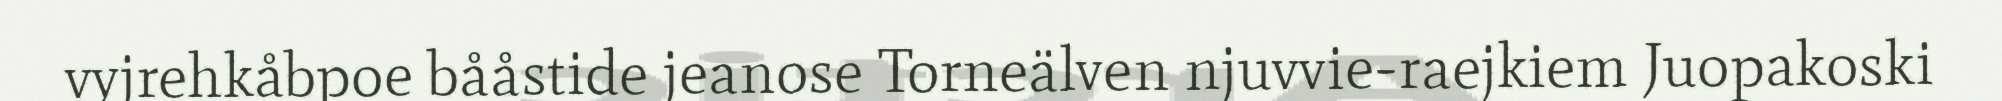
vyjrehkåbpoe bååstide jeanose Torneälven njuvvie-raejkiem Juopakoski